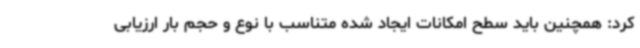
کرد: همچنین باید سطح امکانات ایجاد شده متناسب با نوع و حجم بار ارزیابی